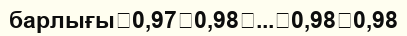
барлығы	0,97	0,98	...	0,98	0,98